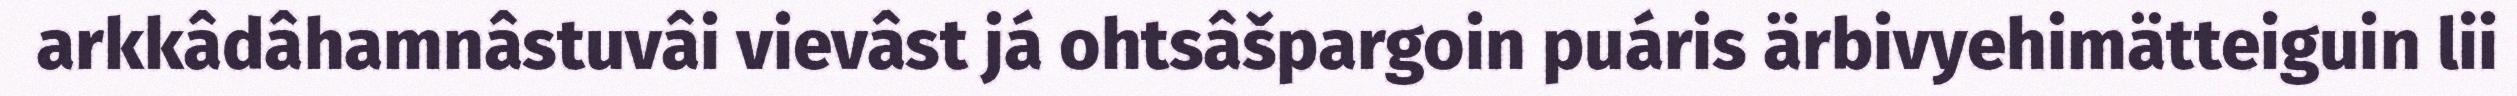
arkkâdâhamnâstuvâi vievâst já ohtsâšpargoin puáris ärbivyehimätteiguin lii